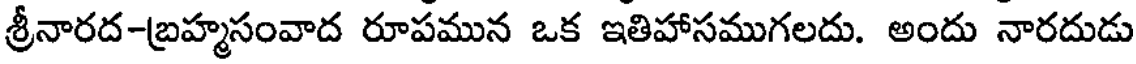
శ్రీనారద-బ్రహ్మసంవాద రూపమున ఒక ఇతిహాసముగలదు. అందు నారదుడు